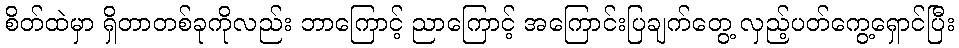
စိတ်ထဲမှာ ရှိတာတစ်ခုကိုလည်း ဘာကြောင့် ညာကြောင့် အကြောင်းပြချက်တွေ့ လှည့်ပတ်ကွေ့ရှောင်ပြီး